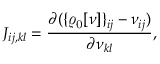
{ \displaystyle { \cal J } _ { i j , k l } = \frac { \partial ( \{ { \varrho _ { \mathrm { 0 } } [ \nu ] } \} _ { i j } - \nu _ { i j } ) } { \partial \nu _ { k l } } , }